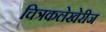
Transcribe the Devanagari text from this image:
चित्रकलेखेरीज